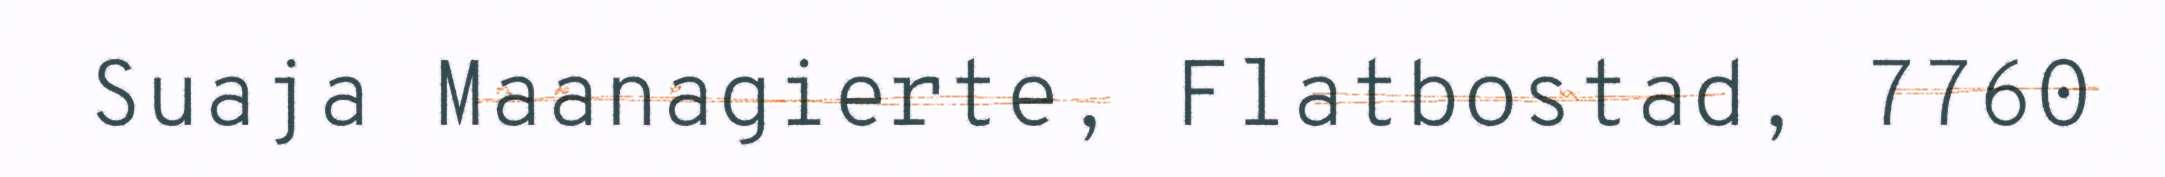
Suaja Maanagierte, Flatbostad, 7760